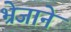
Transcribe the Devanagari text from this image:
भ्रेजाने